Annual statistical returns and brief notes on vaccination in Bengal - 1896-1909
Year: 1896
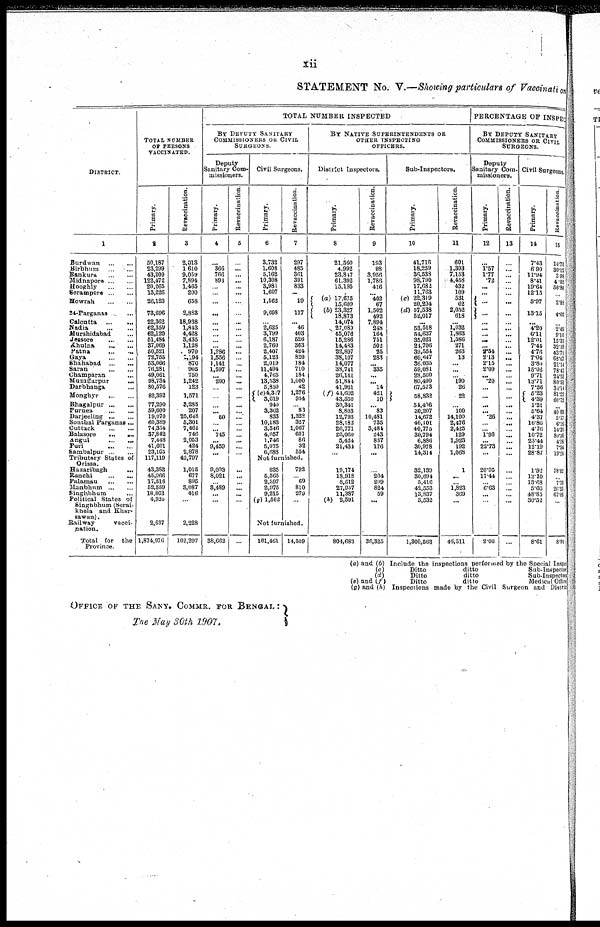
xii
STATEMENT No. V.—Showing particulars of Vaccination
DISTRICT.
1
Burdwan
...
...
Birbhurn
...
...
Bankura
...
...
Midnapore
...
...
Hooghly
...
...
Serampore
...
...
Howrah
...
...
24-Parganas ...
Calcutta
...
...
Nadia ... ...
Murshidabad ...
Jessore
...
...
Khulna ... ...
Patna
...
...
Gaya
...
...
Bhahabad
...
...
Saran
...
...
Champaran ...
Muzaffarpur
...
Darbhanga ...
Monghyr
...
...
Bhagalpur
...
...
Purnea
...
...
Darjeeling
...
...
Sonthal Parganas...
Cuttack
...
...
Balasore
...
...
Angul
...
...
Puri
...
...
Sambalpur
...
...
Tributary States of
Orissa.
Hazaribagh ...
Ranchi
...
...
Palamau
...
...
Manbhum
...
...
Singhbhum ...
Political States of
Singhbhum (Serai-
khela and Khar¬
sawan).
Railway
vacci-
nation.
Total for the
Province.
TOTAL NUMBER
OF PERSONS
VACCINATED.
Primary.
2
50,187
23,299
43,209
122,472
20,265
13,226
26,123
73,696
22,362
62,359
62,120
51,484
37,069
50,521
72,755
53,066
76,281
49,061
98,734
80,576
82,392
77,290
59,600
19,070
60,389
74,354
37,842
7,448
41,601
23,165
117,119
43,383
45,966
17,513
52,559
18,863
4,920
2,637
1,874,976
Revaccination.
3
2,013
1,610
9,059
7,894
1,465
200
658
2,883
18,938
1,843
4,428
3,435
1,128
970
2,194
870
905
750
1,242
123
1,571
3,285
207
25,648
5,301
7,461
746
2,053
424
2,878
43,797
1,015
677
895
3,087
416
...
2,228
162,297
TOTAL NUMBER INSPECTED
BY DEPUTY SANITARY
COMMISSIONERS OR CIVIL
SURGEONS.
Deputy
Sanitary Com¬
missioners.
Primary.
4
...
366
766
893
...
...
...
...
...
...
...
...
...
1,286
1,556
1,141
1,597
...
200
...
...
...
...
50
...
... 745
...
9,459
...
...
9,093
8,021
...
3,489
...
...
...
38,663
Revaccination.
5
...
...
...
...
...
...
...
...
...
...
...
...
...
...
...
...
...
...
...
...
...
...
...
...
...
...
...
...
...
...
...
...
...
...
...
...
...
...
...
Civil Surgeons.
Primary.
6
3,732
1,608
5,162
10,308
3,981
1,607
1,562
9,698
...
2,625
3,799
6,187
2,760
2,407
5,123
2,019
11,494
4,765
13,538
5,850
(e)4,317
3,619
940
3,362
833
10,183
3,546
4,057
1,746
5,075
6,688
Revaccination.
7
297
485
361
391
833
...
19
117
... 46
403
526
363
424
820
184
710
184
1,000
42
1,276
954
...
83
1,328
327
1,067
601
86
32
554
Not furnished.
835
5,565
2,397
2,975
9,215
(g) 1,502
792
...
69
810
279
...
Not furnished.
161,461 14,509
BY NATIVE SUPERINTENDENTS OR
OTHER INSPECTING
OFFICERS.
District Inspectors.
Primary.
8
21,560
4,992
23,747
61,392
15,195
...
(a) 17,675
15,609
(b) 23,327
18,873
14,074
27,089
45,076
15,286
14,483
22,897
38,107
14,077
38,741
26,141
51,844
41,931
(f) 44,602
43,550
30,341
8,803
12,793
28,182
26,771
20,060
5,424
21,434
...
19,174
18,918
8,512
27,957
11,387
(h) 2,591
804,683
Revaccination.
9
193
98
3,956
1,786
416
...
402
67
1,502
492
7,894
248
164
751
502
25
283
... 335
...
... 14
421
10
... 83
10,481
735
3,484
243
837
176
...
204
209
824
59
...
36,325
Sub-Inspectors.
Primary.
10
41,716
18,259
36,538
98,790
17,682
11,763
(c) 22,319
20,204
(d) 57,538
52,017
...
53,518
54,637
35,021
24,706
39,554
60,647
36,035
59,081
28,560
80,490
67,573
58,832
54,406
30,207
14,672
46,101
40,775
30,794
6,886
30,978
14,314
32,139
30,694
5,416
42,553
13,837
3,532
1,300,563
Revaccination.
11
601
1,303
7,153
4,458
432
109
531
62
2,052
618
...
1,032
1,863
1,586
271
263
13
... ...
... 190
26
22
... 100
14,100
2,476
2,425
129
1,923
192
1,068
1
...
...
1,823
369
...
46,511
PERCENTAGE OF INSPEC
BY DEPUTY SANITARY
COMMISSIONERS OR CIVIL
SURGEONS.
Deputy
Sanitary Com-
missioners.
Primary.
12
...
1.57
1.77
.72
...
...
...
...
...
...
...
...
... 2.54
2.13
2,15
2.09
... .20
...
...
...
... .26
...
...
1.96
...
22.73
...
20.95
17.44
...
6.63
...
...
2.06
Revaccination.
13
...
...
...
...
...
...
...
...
...
...
...
...
...
...
...
...
...
...
...
...
...
...
...
...
...
...
...
...
...
...
...
...
...
...
...
...
...
Civil Surgeons.
Primary.
14
7.43
6.90
11.94
8.41
19.64
12.15
5.97
13.15
... 4.20
6.11
12.01
7.44
4.76
7.04
3,80
15.06
9.71
13.71
7.26
5.23
4.39
1.21
5.64
4.37
16.86
4.76
10.72
23.44
12.19
28.87
1.92
12.10
13.68
5.66
48.85
30.52
8.61
Revaccination
15
14.75
30.12
3.98
4.95
56.86
...
2.88
4.05
...
2.49
9.10
15.31
32.18
43.71
68.57
21.14
78.45
24.53
80.51
34.14
81.22
60.72
...
40.09
5.17
6.16
14.30
80.36
4.18
7.54
19.24
78.02
...
7.70
26.23
67.06
...
8.91
(a) and (b) Include the inspections performed by the Special Inspect
(c)
Ditto
ditto
Sub-Inspector
(d)
Ditto
ditto
Sub-Inspector
(e) and (f)
Ditto
ditto
Medical Office
(g) and (h) Inspections made by the Civil Surgeon and District
OFFICE OF THE SANY. COMMR. FOR BENGAL :
The May 30th 1907.